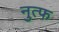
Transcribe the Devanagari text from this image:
नुत्फ